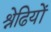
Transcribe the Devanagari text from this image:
श्रेढियों